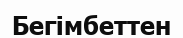
Бегімбеттен